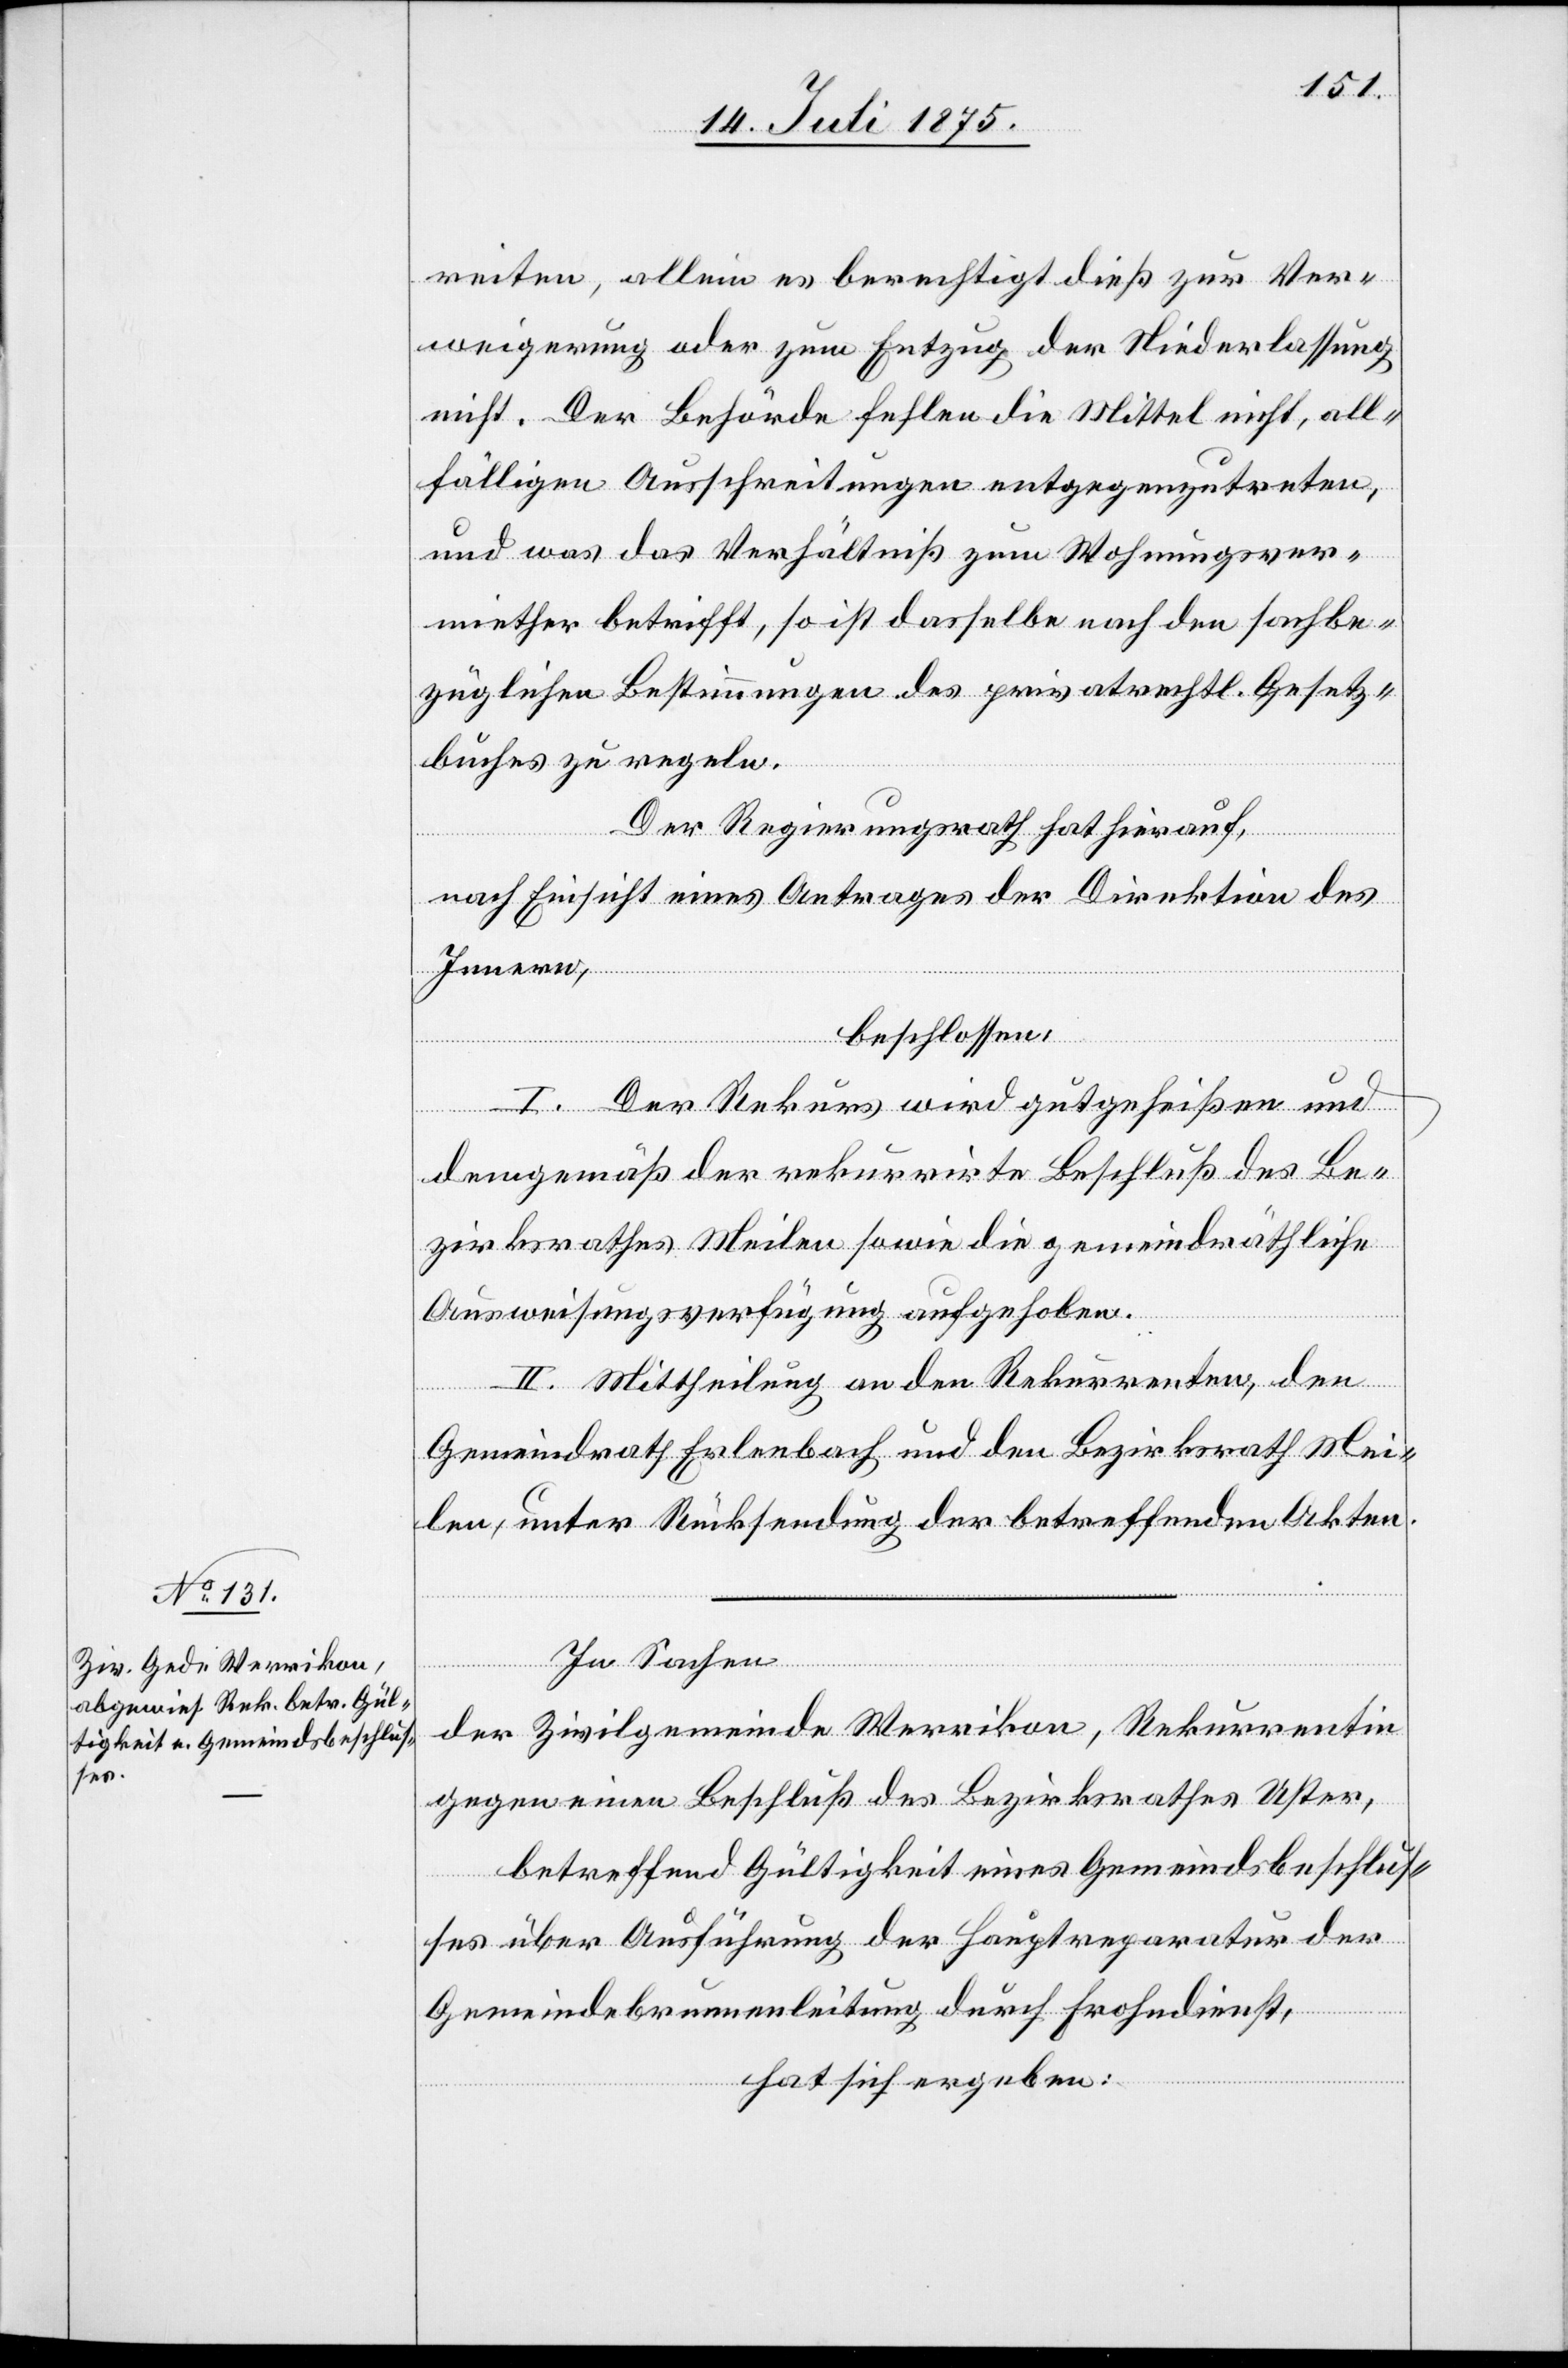
reiten, alleine berechtigt dieß zur Ver¬
weigerung oder zum Entzug der Niederlassung
nicht. Der Behörde fehlen die Mittel nicht, all¬
fälligen Ausschreitungen entgegenzutreten,
und was das Verhältniß zum Wohnungsver¬
miether betrifft, so ist dasselbe nach den fachbe¬
züglichen Bestimmungen des privatrechtl. Gesetz¬
buches zu regeln.
Der Regierungsrath hat hierauf,
nach Einsicht eines Antrages der Direktion des
Innern,
beschlossen:
I. Der Rekurs wird gutgeheißen und
demgemäß der rekurrirte Beschluß des Be¬
zirksrathes Meilen sowie die gemeindräthliche
Ausweisungsverfügung aufgehoben.
II. Mittheilung an den Rekurrenten, den
Gemeindrath Erlenbach und den Bezirksrath Mei¬
len, unter Rücksendung der betreffenden Akten.
In Sachen
der Zivilgemeinde Werrikon, Rekurrentin
gegen einen Beschluß des Bezirksrathes Uster,
betreffend Gültigkeit eines Gemeindsbeschlus¬
ses über Ausführung der Hauptreparatur der
Gemeindebrunnenleitung durch Frohndienst,
hat sich ergeben: